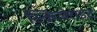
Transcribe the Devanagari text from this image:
स्किलेराइट